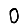
Digit: 0